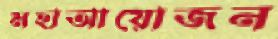
মহাআয়োজন